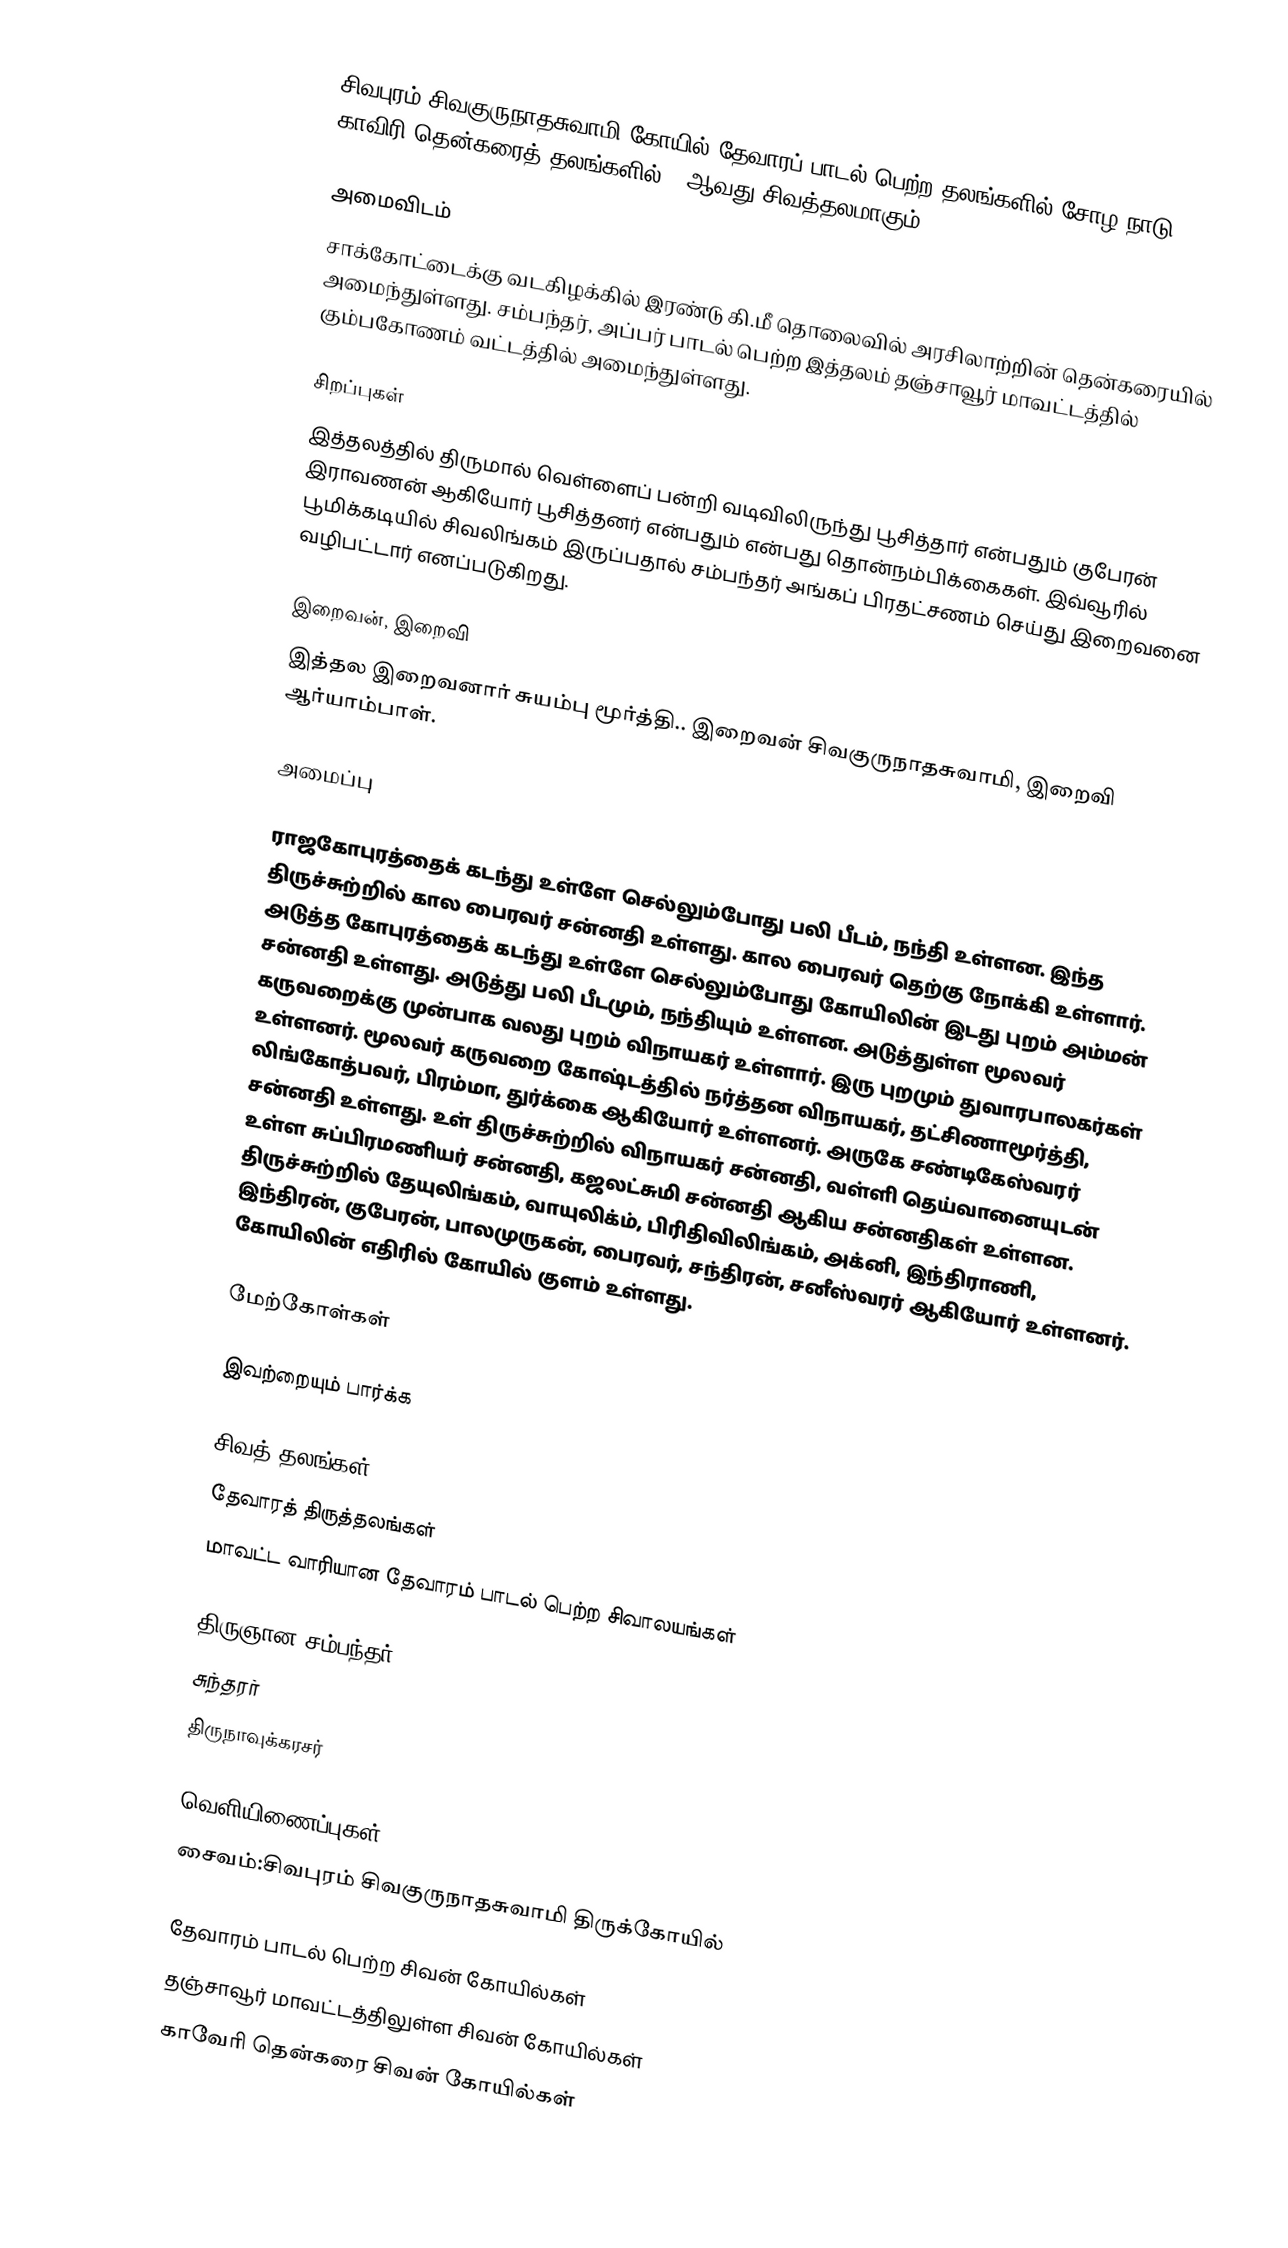
சிவபுரம் சிவகுருநாதசுவாமி கோயில் தேவாரப் பாடல் பெற்ற தலங்களில் சோழ நாடு காவிரி தென்கரைத் தலங்களில் 67ஆவது சிவத்தலமாகும்.

அமைவிடம்
சாக்கோட்டைக்கு வடகிழக்கில் இரண்டு கி.மீ தொலைவில் அரசிலாற்றின் தென்கரையில் அமைந்துள்ளது. சம்பந்தர், அப்பர் பாடல் பெற்ற இத்தலம் தஞ்சாவூர் மாவட்டத்தில்   கும்பகோணம் வட்டத்தில் அமைந்துள்ளது.

சிறப்புகள்
இத்தலத்தில் திருமால் வெள்ளைப் பன்றி வடிவிலிருந்து பூசித்தார் என்பதும் குபேரன் இராவணன் ஆகியோர் பூசித்தனர் என்பதும் என்பது தொன்நம்பிக்கைகள். இவ்வூரில் பூமிக்கடியில் சிவலிங்கம் இருப்பதால் சம்பந்தர் அங்கப் பிரதட்சணம் செய்து இறைவனை வழிபட்டார் எனப்படுகிறது.

இறைவன், இறைவி
இத்தல இறைவனார் சுயம்பு மூர்த்தி.. இறைவன் சிவகுருநாதசுவாமி, இறைவி ஆர்யாம்பாள்.

அமைப்பு

ராஜகோபுரத்தைக் கடந்து உள்ளே செல்லும்போது பலி பீடம், நந்தி உள்ளன. இந்த திருச்சுற்றில் கால பைரவர் சன்னதி உள்ளது. கால பைரவர் தெற்கு நோக்கி உள்ளார். அடுத்த கோபுரத்தைக் கடந்து உள்ளே செல்லும்போது கோயிலின் இடது புறம் அம்மன் சன்னதி உள்ளது. அடுத்து பலி பீடமும், நந்தியும் உள்ளன. அடுத்துள்ள மூலவர் கருவறைக்கு முன்பாக வலது புறம் விநாயகர் உள்ளார். இரு புறமும் துவாரபாலகர்கள் உள்ளனர். மூலவர் கருவறை கோஷ்டத்தில்  நர்த்தன விநாயகர், தட்சிணாமூர்த்தி, லிங்கோத்பவர், பிரம்மா, துர்க்கை ஆகியோர் உள்ளனர். அருகே சண்டிகேஸ்வரர் சன்னதி உள்ளது. உள் திருச்சுற்றில் விநாயகர் சன்னதி, வள்ளி தெய்வானையுடன் உள்ள சுப்பிரமணியர் சன்னதி, கஜலட்சுமி சன்னதி ஆகிய சன்னதிகள் உள்ளன.  திருச்சுற்றில் தேயுலிங்கம், வாயுலிக்ம், பிரிதிவிலிங்கம், அக்னி, இந்திராணி, இந்திரன், குபேரன், பாலமுருகன், பைரவர், சந்திரன், சனீஸ்வரர் ஆகியோர் உள்ளனர். கோயிலின் எதிரில் கோயில் குளம் உள்ளது.

மேற்கோள்கள்

இவற்றையும் பார்க்க

 சிவத் தலங்கள்
 தேவாரத் திருத்தலங்கள்
 மாவட்ட வாரியான தேவாரம் பாடல் பெற்ற சிவாலயங்கள்

 திருஞான சம்பந்தர்
 சுந்தரர்
 திருநாவுக்கரசர்

வெளியிணைப்புகள்
 சைவம்:சிவபுரம் சிவகுருநாதசுவாமி திருக்கோயில்

தேவாரம் பாடல் பெற்ற சிவன் கோயில்கள்
தஞ்சாவூர் மாவட்டத்திலுள்ள சிவன் கோயில்கள்
காவேரி தென்கரை சிவன் கோயில்கள்